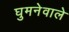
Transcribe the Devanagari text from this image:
घुमनेवाले